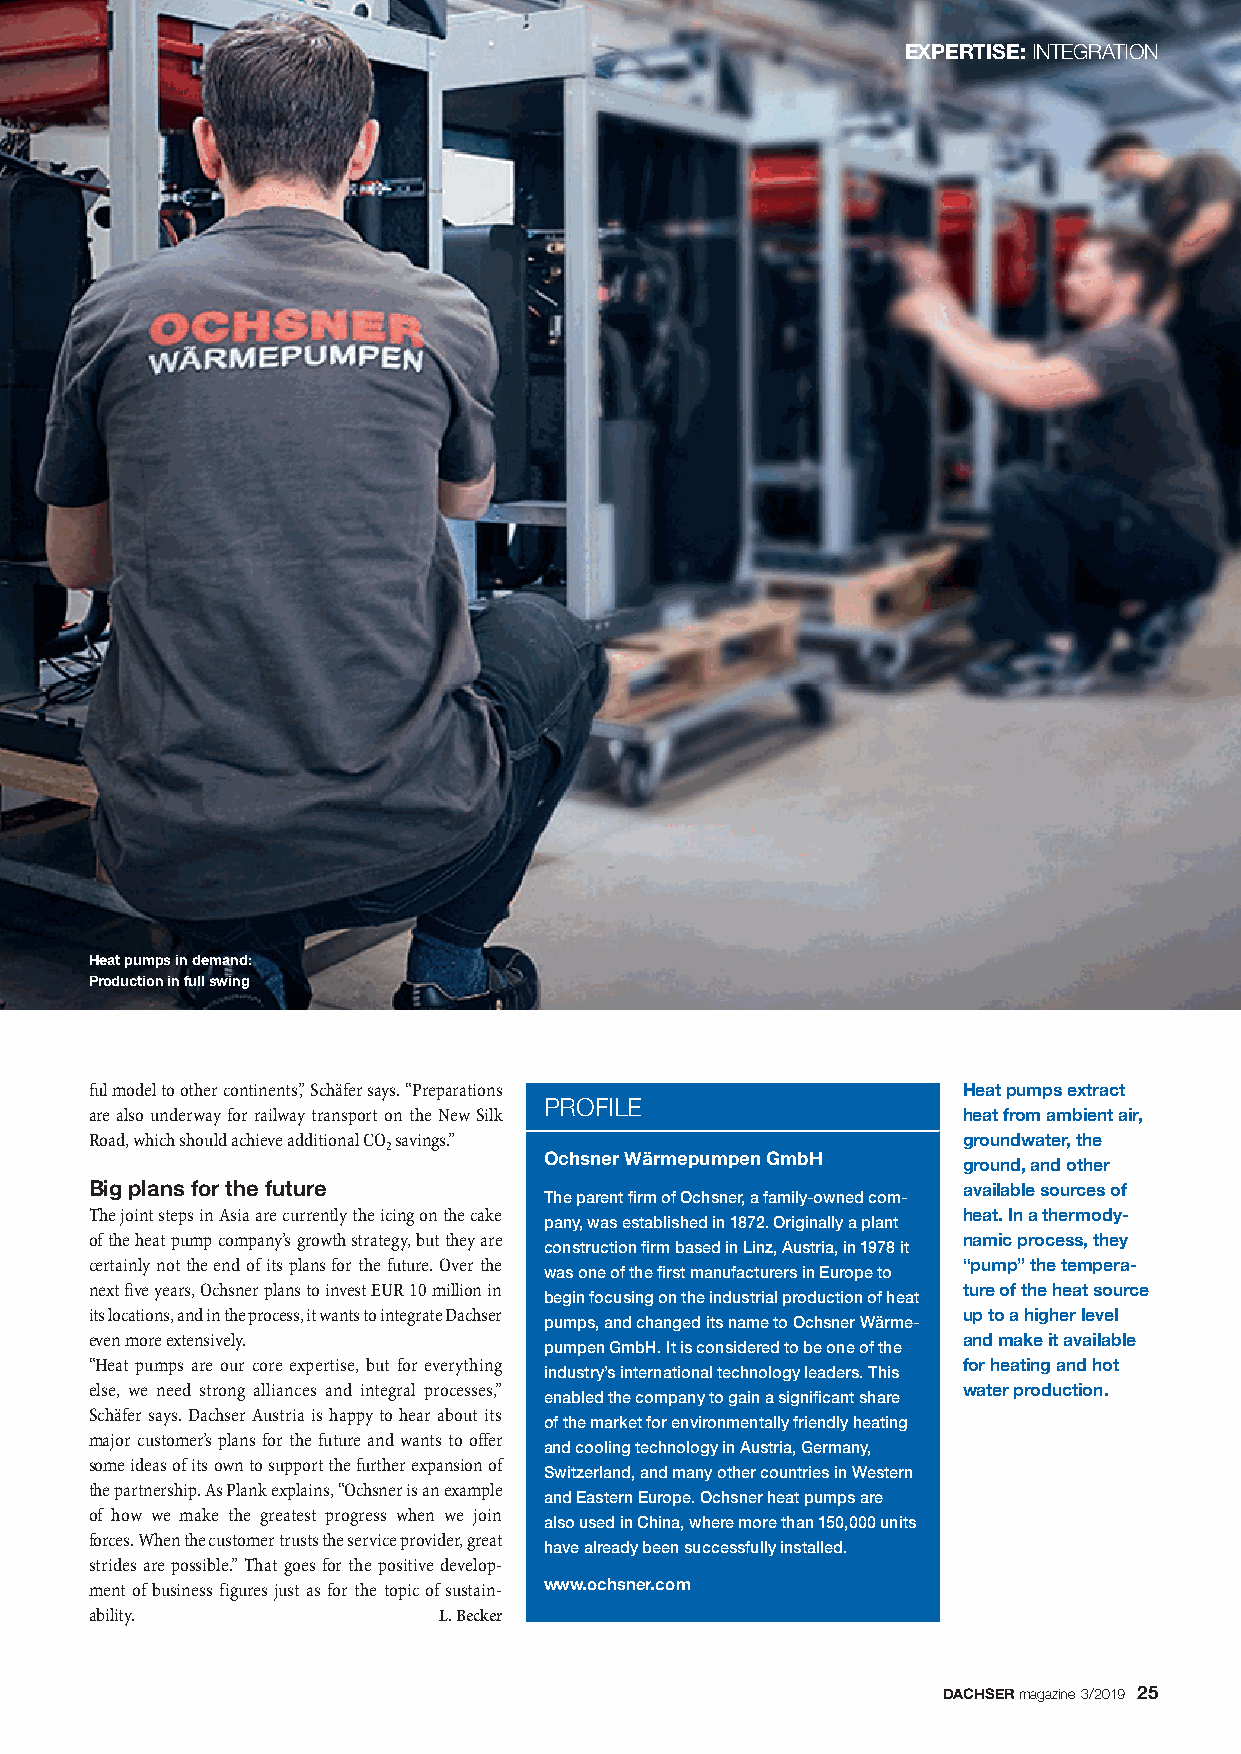
EXPERTISE:INTEGRATION
 Heat pumps in demand:
 Production in full swing
 ful model to other continents,” Schäfer says. “Preparations Heat pumps extract
 PROFILE
 are also underway for railway transport on the New Silk   heat from ambient air,
 Road, which should achieve additional CO savings.”        groundwater, the
 2
 Ochsner Wärmepumpen GmbH
 ground, and other
 Big plans for the future                                  available sources of
 The parent firm of Ochsner, a family-owned com -
 The joint steps in Asia are currently the icing on the cake heat. In a thermody-
 pany, was established in 1872. Originally a plant
 of the heat pump company’s growth strategy, but they are  namic process, they
 construction firm based in Linz, Austria, in 1978 it
 certainly not the end of its plans for the future. Over the “pump” the tempera-
 was one of the first manufacturers in Europe to
 next five years, Ochsner plans to invest EUR 10 million in ture of the heat source
 begin focusing on the industrial production of heat
 its locations, and in the process, it wants to integrate Dachser up to a higher level
 pumps, and changed its name to Ochsner Wärme -
 even more extensively.                                    and make it available
 pumpen GmbH. It is considered to be one of the
 “Heat pumps are our core expertise, but for everything    for heating and hot
 industry’s international technology leaders. This
 else, we need strong alliances and integral processes,”   water production.
 enabled the company to gain a significant share
 Schäfer says. Dachser Austria is happy to hear about its
 of the market for environmentally friendly heating
 major customer’s plans for the future and wants to offer
 and cooling technology in Austria, Germany,
 some ideas of its own to support the further expansion of
 Switzerland, and many other countries in Western
 the partnership. As Plank explains, “Ochsner is an example
 and Eastern Europe. Ochsner heat pumps are
 of how we make the greatest progress when we join
 also used in China, where more than 150,000 units
 forces. When the customer trusts the service provider, great
 have already been successfully installed.
 strides are possible.” That goes for the positive develop -
 ment of business figures just as for the topic of sustain - www.ochsner.com
 ability.               L. Becker
 DACHSERmagazine 3/2019 25